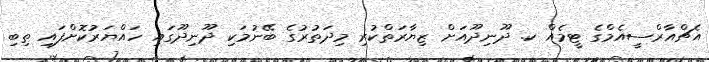
އެޗްއާރްސީއެމްގެ ޓީމެއް ކ. ދޫނިދޫއަށް ޒިޔާރަތްކުރި މިދަތުރުގެ ބޭނުމަކި ދޫނިދޫގައި ހައްޔަރުކޮށްފައި ތިބި